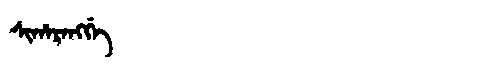
Manchu: ᠰᡳᡥᠠᡵᠠᠩᡤᡝ
Romanization: SIHARANGGE